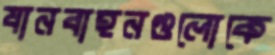
যানবাহনগুলোকে